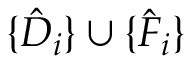
\{ \hat { D } _ { i } \} \cup \{ \hat { F } _ { i } \}